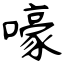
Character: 嚎